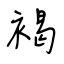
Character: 褐